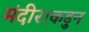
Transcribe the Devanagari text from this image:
मंदीराकडुन